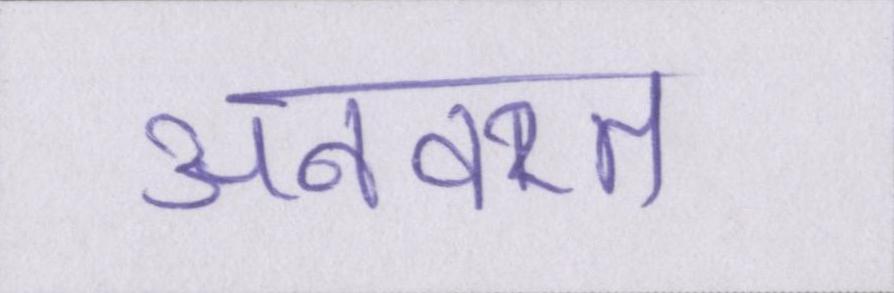
अनवरत